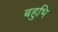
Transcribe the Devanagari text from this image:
बहुभि